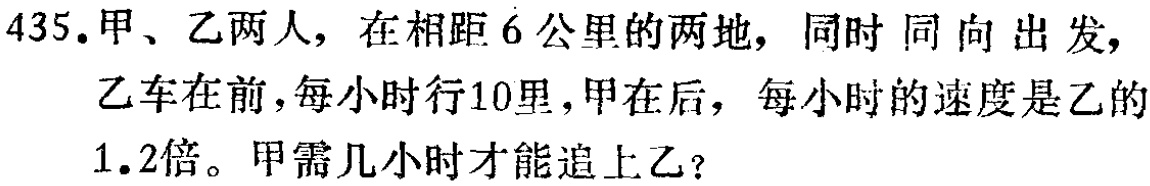
435.甲、乙两人，在相距6公里的两地，同时 同 向 出 发，

乙车在前，每小时行10里，甲在后，每小时的速度是乙的

1.2倍。甲需几小时才能追上乙？